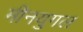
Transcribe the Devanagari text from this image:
मीनयुगल